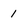
Character: i